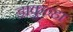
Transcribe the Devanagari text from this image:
डाकुन्हा